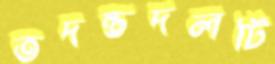
তদন্তদলটি